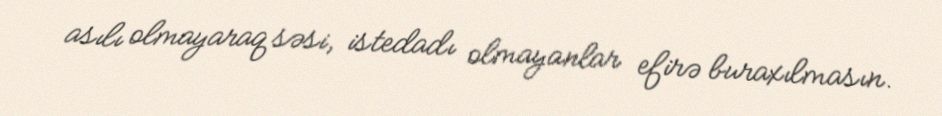
asılı olmayaraq səsi, istedadı olmayanlar efirə buraxılmasın.